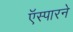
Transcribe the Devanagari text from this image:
ऍस्पारने